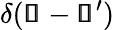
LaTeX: \delta(\pmb{\mathscr{s}}-\pmb{\mathscr{s}}^{\prime})